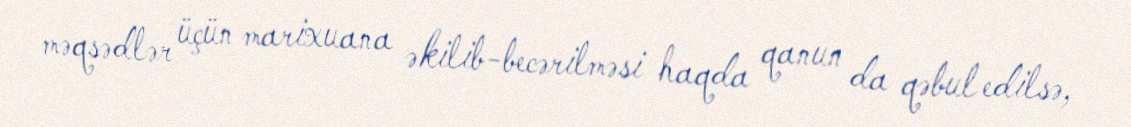
məqsədlər üçün marixuana əkilib-becərilməsi haqda qanun da qəbul edilsə,